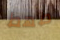
طھط